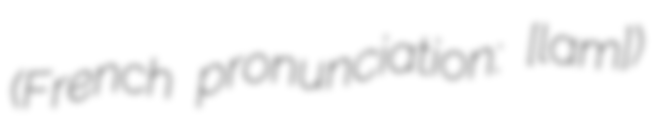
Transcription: (French pronunciation: ​[lamɛ])